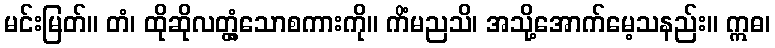
မင်းမြတ်။ တံ၊ ထိုဆိုလတ္တံ့သောစကားကို။ ကိံမညသိ၊ အသို့အောက်မေ့သနည်း။ ဣဓ၊